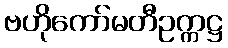
ဗဟိုကော်မတီဥက္ကဋ္ဌ